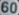
600